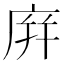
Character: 庰